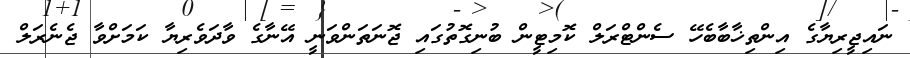
ނައިޖީރިޔާގެ އިންތިޚާބާބެހޭ ސެންޓްރަލް ކޮމިޓީން ބުނިގޮތުގައި ޖޮނަތަންވަނީ އޭނާގެ ވާދަވެރިޔާ ކަމަށްވާ ޖެނެރަލް